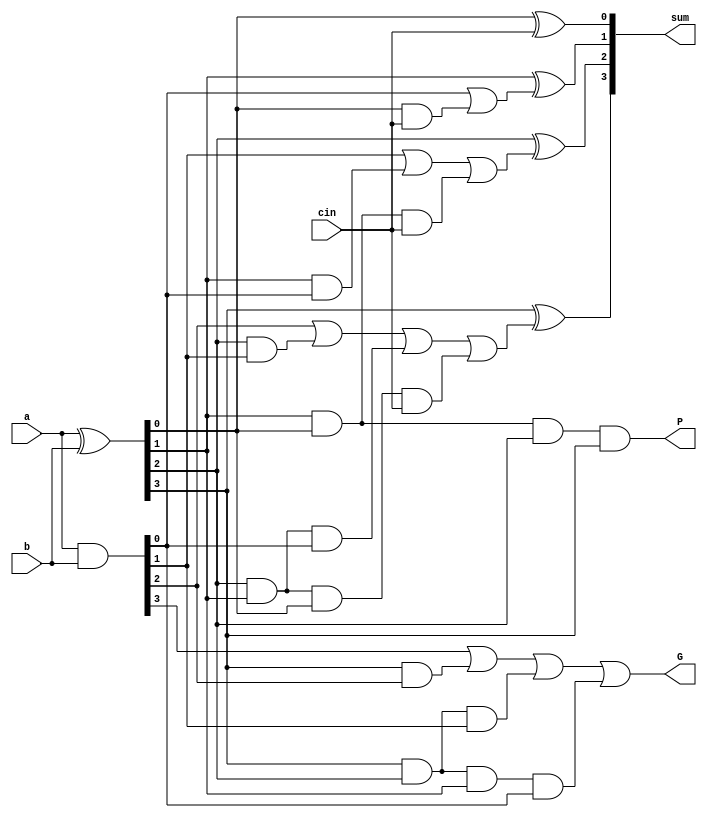
`timescale 1ns / 1ps
//////////////////////////////////////////////////////////////////////////////////
// Company: 
// Engineer: 
// 
// Design Name: 
// Module Name:    cla_4bit_aug 
// Project Name: 
// Target Devices: 
// Tool versions: 
// Description: 
//
// Dependencies: 
//

// Revision: 
// Revision 0.01 - File Created
// Additional Comments: 
//

//////////////////////////////////////////////////////////////////////////////////
module cla_4bit_aug(
input [3:0]a,
input [3:0]b,
input cin,

output [3:0] sum,
output P,G);
wire [2:0]c;
wire [3:0]p,g;

assign p=a^b;//propagate
assign g=a&b; //generate
 
//c[i]=g[i-1]|p[i-1]c[i-1]
//c[0] is taken as cin to 4 bit adder
 
assign c[0]= g[0]|(p[0]&cin);
assign c[1]= g[1] | (p[1]&g[0]) | p[1]&p[0]&cin;
assign c[2]= g[2] | (p[2]&g[1]) | p[2]&p[1]&g[0] | p[2]&p[1]&p[0]&cin;

assign P=p[0]&p[1]&p[2]&p[3];
assign G=g[3] | (p[3]&g[2]) | p[3]&p[2]&g[1] | p[3]&p[2]&p[1]&g[0];
xor x5(sum[0],p[0],cin),           
		 x6(sum[1],p[1],c[0]),
		 x7(sum[2],p[2],c[1]),
		 x8(sum[3],p[3],c[2]);



endmodule